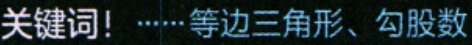
关键词！……等边三角形、勾股数